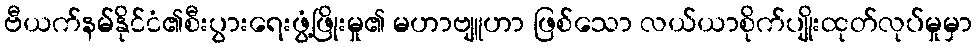
ဗီယက်နမ်နိုင်ငံ၏စီးပွားရေးဖွံ့ဖြိုးမှု၏ မဟာဗျူဟာ ဖြစ်သော လယ်ယာစိုက်ပျိုးထုတ်လုပ်မှုမှာ